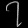
Digit: ၇